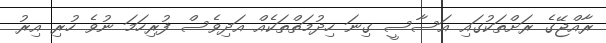
ރާއްޖޭގެ ރަށްތަކުގައި އަސާސީ ގިނަ ހިދުމަތްތަކެއް އަދިވެސް ފުރިހަމަ ނުވެ ހުރި އިރު